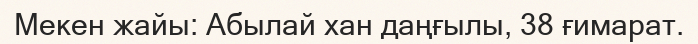
Мекен жайы: Абылай хан даңғылы, 38 ғимарат.